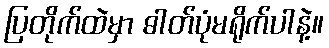
ပြတိုက်ထဲမှာ ဓါတ်ပုံမရိုက်ပါနဲ့။